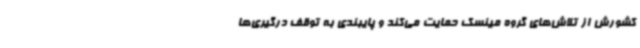
کشورش از تلاش‌های گروه مینسک حمایت می‌کند و پایبندی به توقف درگیری‌ها